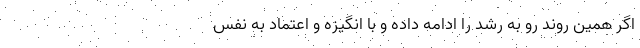
اگر همین روند رو به رشد را ادامه داده و با انگیزه و اعتماد به نفس